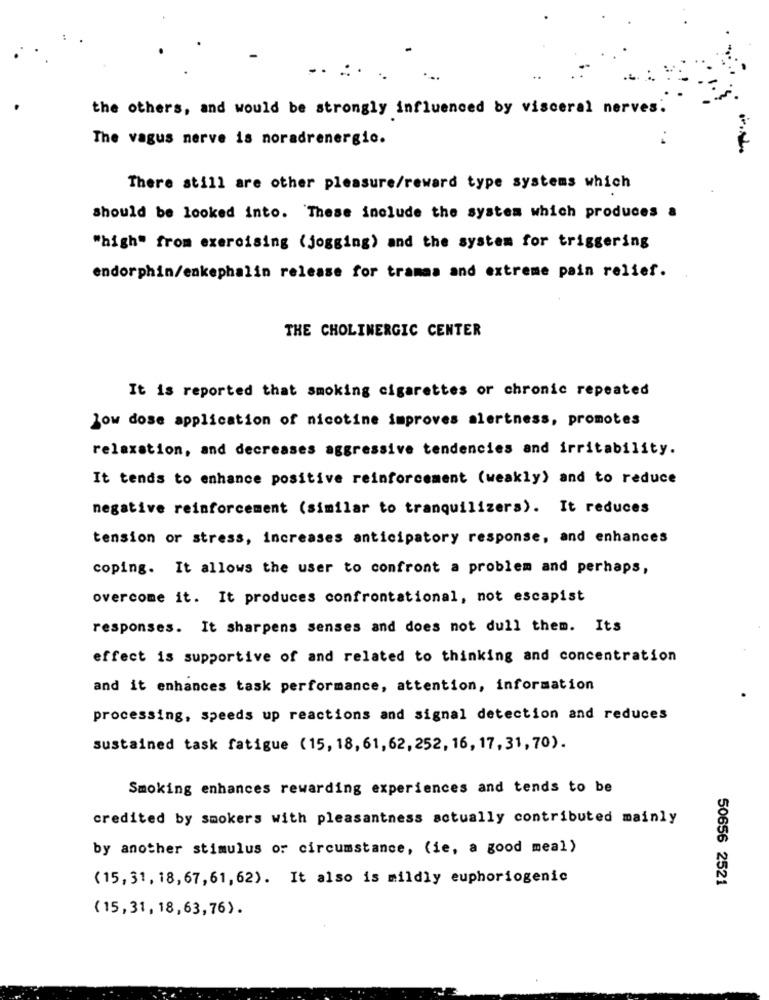
....
the others, and would be strongly influenced by visceral nerves:
The vagus nerve is noradrenergic.
There still are other pleasure/reward type systems which
should be looked into. These include the system which produces a
"high" from exercising (jogging) and the system for triggering
endorphin/enkephalin release for tramas and extreme pain relief.
THE CHOLINERGIC CENTER
It is reported that smoking cigarettes or chronic repeated
low dose application of nicotine improves alertness, promotes
relaxation, and decreases aggressive tendencies and irritability.
It tends to enhance positive reinforcement (weakly) and to reduce
negative reinforcement (similar to tranquilizers). It reduces
tension or stress, increases anticipatory response, and enhances
coping. It allows the user to confront a problem and perhaps,
overcome it. It produces confrontational, not escapist
responses. It sharpens senses and does not dull them. Its
effect is supportive of and related to thinking and concentration
and it enhances task performance, attention, information
processing, speeds up reactions and signal detection and reduces
sustained task fatigue (15, 18, 61, 62, 252, 16, 17, 31, 70).
Smoking enhances rewarding experiences and tends to be
credited by smokers with pleasantness actually contributed mainly
by another stimulus or circumstance, (ie, a good meal)
(15, 31, 18, 67,61,62). It also is mildly euphoriogenic
50656 2521
(15,31, 18, 63,76).